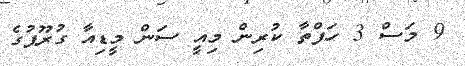
9 މަސް 3 ހަފްތާ ކުރިން މިއީ ސަން މީޑިއާ ގުރޫޕުގެ